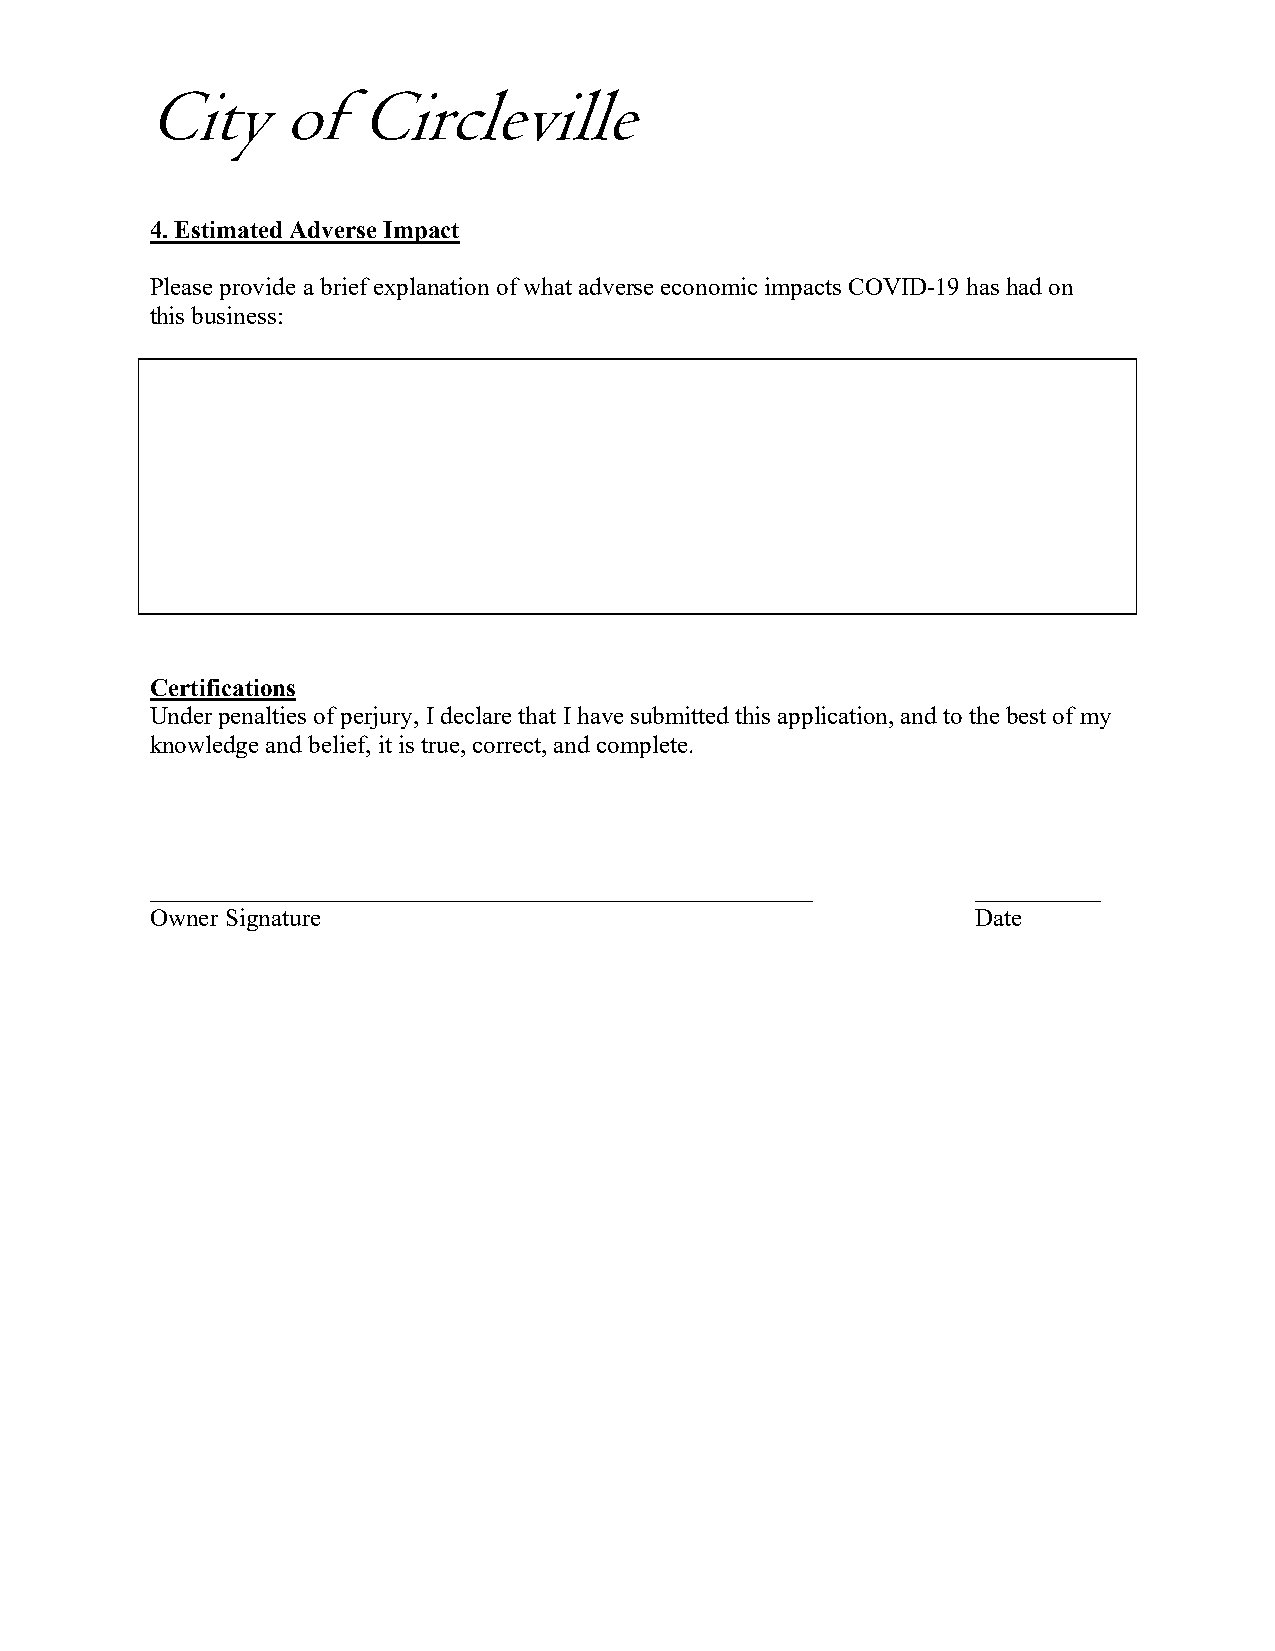
City     of   Circleville
 4.Estimated Adverse Impact
 Please provide a brief explanation of what adverse economic impacts COVID-19 has had on
 this business:
 Certifications
 Under penalties of perjury, I declare that I have submitted this application, and to the best of my
 knowledge and belief, it is true, correct, and complete.
 _____________________________________________________  __________
 Owner Signature                                        Date